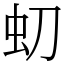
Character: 虭